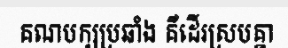
គណបក្សប្រឆាំង គឺដើរស្របគ្នា